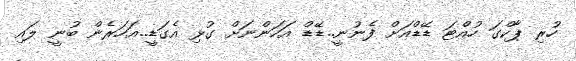
ހުރި ޕާކްގަ ހުއްޓަ ޑޭޑްއަށް ފެނުނީ..ޑޭޑް އަހަންނަށް ގުޅި އެގަޑީ..އަހަރެން ބުނީ ލައި